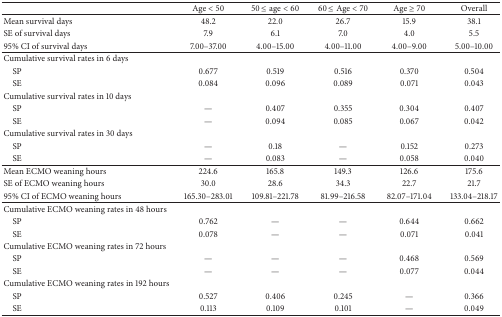
<table><thead><tr><td><b> </b></td><td><b>Age &lt; 50</b></td><td><b>50 ≤ age &lt; 60</b></td><td><b>60 ≤ Age &lt; 70</b></td><td><b>Age ≥ 70</b></td><td><b>Overall</b></td></tr></thead><tbody><tr><td>Mean survival days</td><td>48.2</td><td>22.0</td><td>26.7</td><td>15.9</td><td>38.1</td></tr><tr><td>SE of survival days</td><td>7.9</td><td>6.1</td><td>7.0</td><td>4.0</td><td>5.5</td></tr><tr><td>95% CI of survival days</td><td>7.00–37.00</td><td>4.00–15.00</td><td>4.00–11.00</td><td>4.00–9.00</td><td>5.00–10.00</td></tr><tr><td>Cumulative survival rates in 6 days</td><td> </td><td> </td><td> </td><td> </td><td> </td></tr><tr><td> SP</td><td>0.677</td><td>0.519</td><td>0.516</td><td>0.370</td><td>0.504</td></tr><tr><td> SE</td><td>0.084</td><td>0.096</td><td>0.089</td><td>0.071</td><td>0.043</td></tr><tr><td>Cumulative survival rates in 10 days</td><td> </td><td> </td><td> </td><td> </td><td> </td></tr><tr><td> SP</td><td>—</td><td>0.407</td><td>0.355</td><td>0.304</td><td>0.407</td></tr><tr><td> SE</td><td>—</td><td>0.094</td><td>0.085</td><td>0.067</td><td>0.042</td></tr><tr><td>Cumulative survival rates in 30 days</td><td> </td><td> </td><td> </td><td> </td><td> </td></tr><tr><td> SP</td><td>—</td><td>0.18</td><td>—</td><td>0.152</td><td>0.273</td></tr><tr><td> SE</td><td>—</td><td>0.083</td><td>—</td><td>0.058</td><td>0.040</td></tr><tr><td>Mean ECMO weaning hours</td><td>224.6</td><td>165.8</td><td>149.3</td><td>126.6</td><td>175.6</td></tr><tr><td>SE of ECMO weaning hours</td><td>30.0</td><td>28.6</td><td>34.3</td><td>22.7</td><td>21.7</td></tr><tr><td>95% CI of ECMO weaning hours</td><td>165.30–283.01</td><td>109.81–221.78</td><td>81.99–216.58</td><td>82.07–171.04</td><td>133.04–218.17</td></tr><tr><td>Cumulative ECMO weaning rates in 48 hours</td><td> </td><td> </td><td> </td><td> </td><td> </td></tr><tr><td> SP</td><td>0.762</td><td>—</td><td>—</td><td>0.644</td><td>0.662</td></tr><tr><td> SE</td><td>0.078</td><td>—</td><td>—</td><td>0.071</td><td>0.041</td></tr><tr><td>Cumulative ECMO weaning rates in 72 hours</td><td> </td><td> </td><td> </td><td> </td><td> </td></tr><tr><td> SP</td><td>—</td><td>—</td><td>—</td><td>0.468</td><td>0.569</td></tr><tr><td> SE</td><td>—</td><td>—</td><td>—</td><td>0.077</td><td>0.044</td></tr><tr><td>Cumulative ECMO weaning rates in 192 hours</td><td> </td><td> </td><td> </td><td> </td><td> </td></tr><tr><td> SP</td><td>0.527</td><td>0.406</td><td>0.245</td><td>—</td><td>0.366</td></tr><tr><td> SE</td><td>0.113</td><td>0.109</td><td>0.101</td><td>—</td><td>0.049</td></tr></tbody></table>